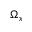
\Omega _ { x }